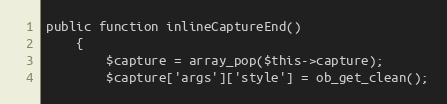
Language: PHP
public function inlineCaptureEnd()
    {
        $capture = array_pop($this->capture);
        $capture['args']['style'] = ob_get_clean();